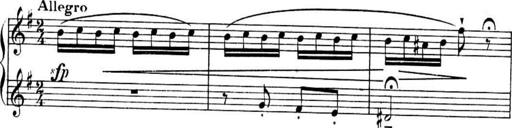
Title: Sonatines
Composer: Hedwige ChrÃ©tien